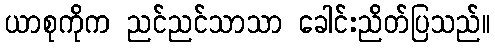
ယာစုကိုက ညင်ညင်သာသာ ခေါင်းညိတ်ပြသည်။